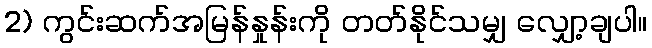
2) ကွင်းဆက်အမြန်နှုန်းကို တတ်နိုင်သမျှ လျှော့ချပါ။